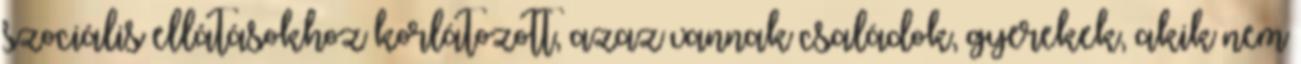
szociális ellátásokhoz korlátozott, azaz vannak családok, gyerekek, akik nem